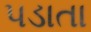
પડાતા